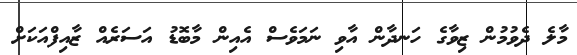
މާލެ ދެވުމުން ޒިވާގެ ހަނދާން އާވި ނަމަވެސް އެއިން މާބޮޑު އަސަރެއް ޒާއިފްއަކަށް